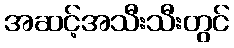
အဆင့်အသီးသီးတွင်